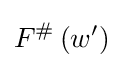
F^{\#}\left(w^{\prime }\right)